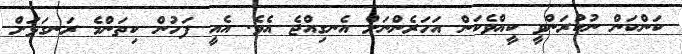
ކަންކަން ނުކުރަންވީ ކީއްވެކަން އަހަރެންނަށް އެނގިއްޖެ އެވެ. އެއީ ފަހުން ކިތަންމެ ރަނގަޅަށް